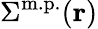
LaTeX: \Sigma^{\mathrm{m.p.}}(\mathbf{r})